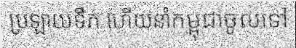
ប្រឡាយទឹក ហើយនាំកម្ពុជាចូលទៅ